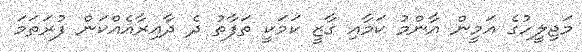
މަޖިލީހުގެ އަމީން އާންމު ކަމާއި ގާޒީ ކަމަކީ ތަފާތު ދެ ދާއިރާއެއްކަން ފުރަތަމަ